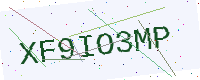
Text: XF9IO3MP